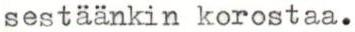
sestäänkin korostaa.